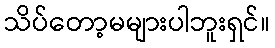
သိပ်တော့မများပါဘူးရှင်။